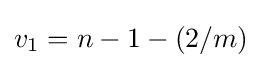
v_{1}=n-1-(2/m)